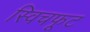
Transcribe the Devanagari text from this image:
स्विचफूट